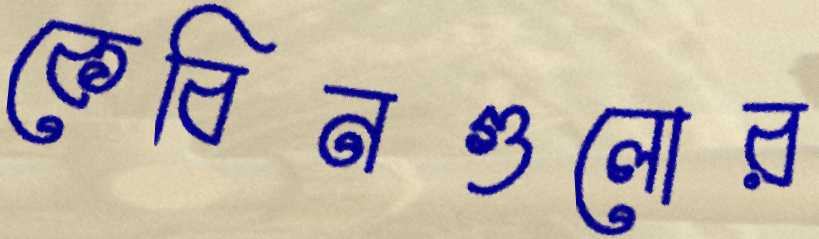
কেবিনগুলোর